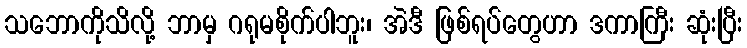
သဘောကိုသိလို့ ဘာမှ ဂရုမစိုက်ပါဘူး၊ အဲဒီ ဖြစ်ရပ်တွေဟာ ဒကာကြီး ဆုံးပြီး